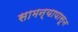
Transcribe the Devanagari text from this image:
सामन्यापासून